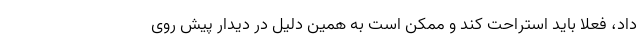
داد، فعلا باید استراحت کند و ممکن است به همین دلیل در دیدار پیش روی